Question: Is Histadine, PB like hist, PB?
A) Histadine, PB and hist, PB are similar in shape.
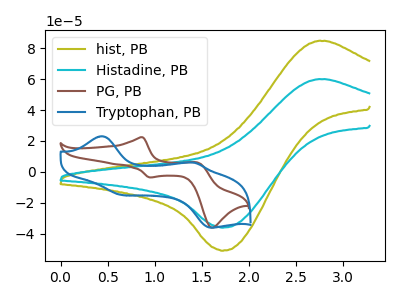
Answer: <think>The olive curve "hist, PB" has an anodic peak at (2.75V, 84.60uA) and a cathodic peak at (1.75V, -51.00uA). The cyan curve "Histadine, PB" has an anodic peak at (2.75V, 59.90uA) and a cathodic peak at (1.75V, -36.10uA). The brown curve "PG, PB" has anodic peaks at (0.85V, 22.45uA) (1.45V, 6.10uA) and cathodic peaks at (0.95V, -3.60uA) (1.60V, -36.10uA). The blue curve "Tryptophan, PB" has anodic peaks at (0.45V, 23.00uA) (1.40V, 5.95uA) and cathodic peaks at (0.65V, -14.95uA) (1.60V, -36.10uA).
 All the peaks in "Histadine, PB" have a peak in "hist, PB" at the same potential. Every peak in "Histadine, PB" is lower than every peak in "hist, PB".</think>
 <answer>A) "Histadine, PB" and "hist, PB" are similar in shape.</answer>
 <eval>A</eval>